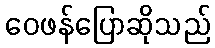
ဝေဖန်ပြောဆိုသည်